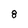
Character: 8